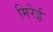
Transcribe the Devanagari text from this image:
मिरेई